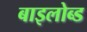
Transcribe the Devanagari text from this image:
बाइलोब्ड